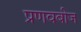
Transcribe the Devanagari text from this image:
प्रणवबीज